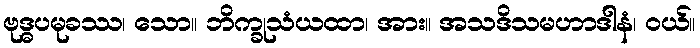
ဗုဒ္ဓပမုခဿ၊ သော။ ဘိက္ခုသံယထာ၊ အား။ အသဒိသမဟာဒါနံ၊ ဝယ်။